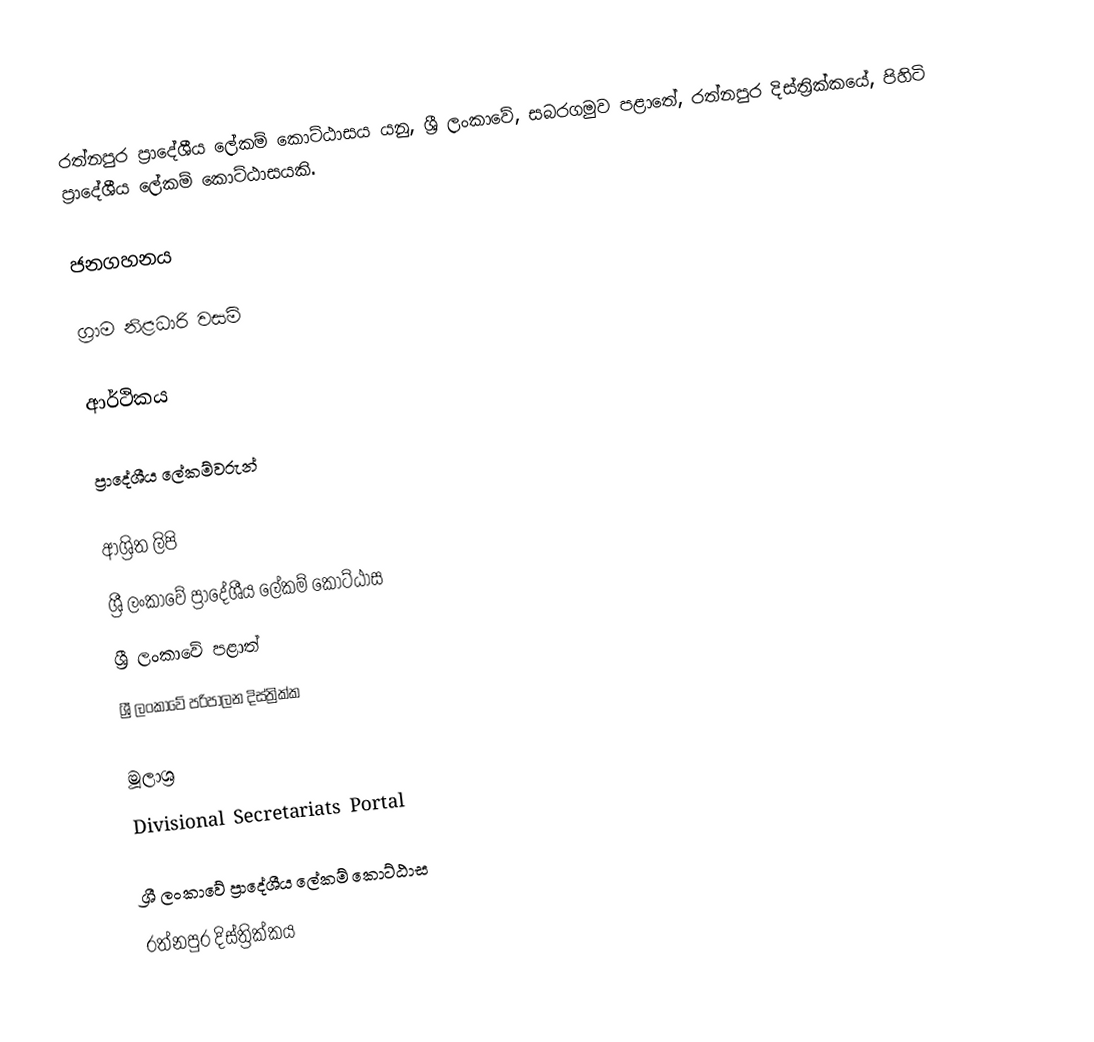
රත්නපුර ප්‍රාදේශීය ලේකම් කොට්ඨාසය යනු,  ශ්‍රී ලංකාවේ, සබරගමුව පළාතේ,   රත්නපුර දිස්ත්‍රික්කයේ, පිහිටි ප්‍රාදේශීය ලේකම් කොට්ඨාසයකි.

ජනගහනය

ග්‍රාම නිළධාරි වසම්

ආර්ථිකය

ප්‍රාදේශීය ලේකම්වරුන්

ආශ්‍රිත ලිපි
ශ්‍රී ලංකාවේ ප්‍රාදේශීය ලේකම් කොට්ඨාස
ශ්‍රී ලංකාවේ පළාත්
ශ්‍රී ලංකාවේ පරිපාලන දිස්ත්‍රික්ක

මූලාශ්‍ර
 Divisional Secretariats Portal

ශ්‍රී ලංකාවේ ප්‍රාදේශීය ලේකම් කොට්ඨාස
රත්නපුර  දිස්ත්‍රික්කය